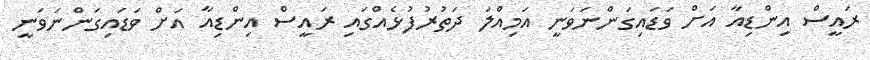
ރައީސް އިންޑިއާ އަށް ވަޑައިގަންނަވަނީ އަމިއްލަ ދަތުރުފުޅެއްގައި ރައީސް އިންޑިއާ އަށް ވަޑައިގަންނަވަނީ